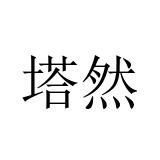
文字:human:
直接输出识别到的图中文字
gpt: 塔然